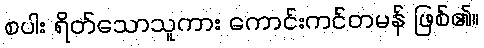
စပါး ရိတ်သောသူကား ကောင်းကင်တမန် ဖြစ်၏။